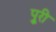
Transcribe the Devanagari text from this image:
पुूरी